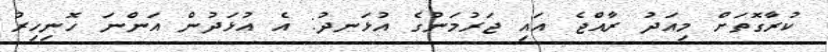
ކުރާގޮތަށް މިއަދު ރާއްޖެ އައި ޖަރުމަނުގެ އުޅަނދު: އެ އުޅަދުން އަންނަ ހޮނިހިރު